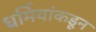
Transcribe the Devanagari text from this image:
धर्मियांकडून